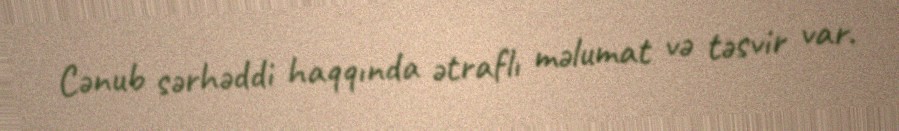
Cənub sərhəddi haqqında ətraflı məlumat və təsvir var.